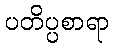
ပတိပ္ပစာရာ